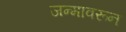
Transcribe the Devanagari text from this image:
जन्मावरून